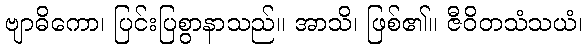
ဗျာဓိကော၊ ပြင်းပြစွာနာသည်။ အာသိ၊ ဖြစ်၏။ ဇီဝိတသံသယံ၊